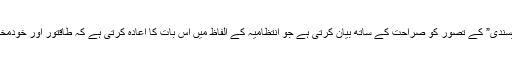
نئی حکمت عملی صدر کی اُس “اصولی حقیقت پسندی” کے تصور کو صراحت کے ساتھ بیان کرتی ہے جو انتظامیہ کے الفاظ میں اس بات کا اعادہ کرتی ہے کہ طاقتور اور خودمختار ریاستیں پُرامن دنیا کے لیے بہترین امید ہیں۔